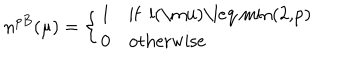
LaTeX: n ^ { p B } ( \mu ) = \left\{ \begin{array} { l l } { { 1 } } & { { \mathrm { i f ~ l ( \ m u ) \leq ~ m i n ( 2 , p ) ~ } } } \\ { { 0 } } & { { \mathrm { o t h e r w i s e } } } \\ \end{array} \right.